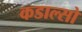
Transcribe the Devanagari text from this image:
कडाल्सो